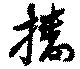
播